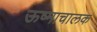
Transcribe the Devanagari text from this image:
ऊष्माचालक